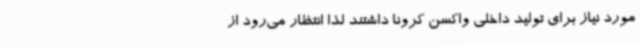
مورد نیاز برای تولید داخلی واکسن کرونا داشتند لذا انتظار می‌رود از